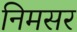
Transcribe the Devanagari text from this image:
निमसर